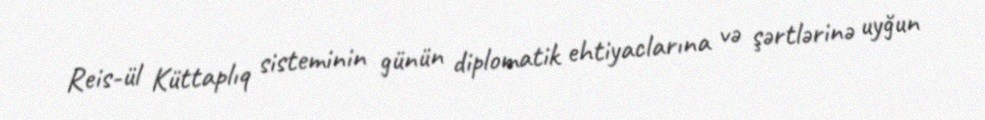
Reis-ül Küttaplıq sisteminin günün diplomatik ehtiyaclarına və şərtlərinə uyğun